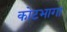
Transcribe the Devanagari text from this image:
कोटभागा